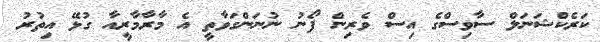
ކަރެކްޝަނަލް ސާވިސްގެ އިސް ވެރިން ފޯނު ނުނަންގަވާތީ އެ މާރާމާރީއާ ގުޅޭ އިތުރު